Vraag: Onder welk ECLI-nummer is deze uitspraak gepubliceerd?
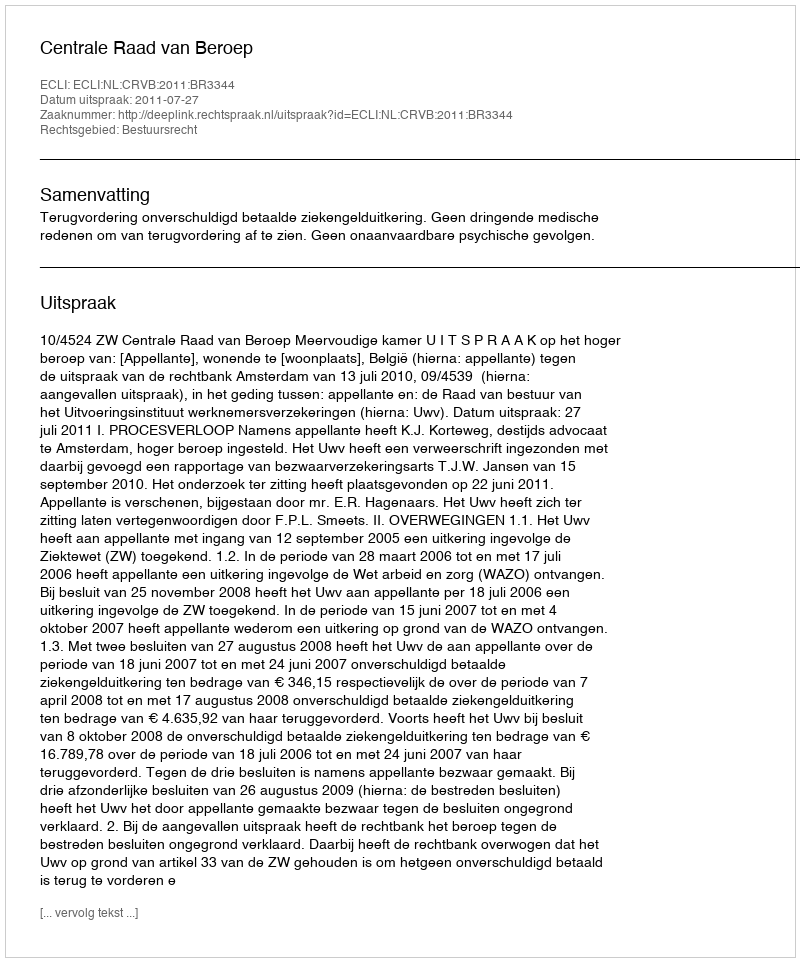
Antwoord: ECLI:NL:CRVB:2011:BR3344